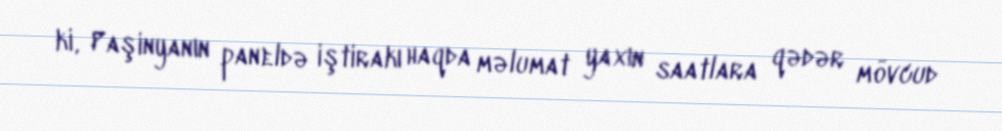
ki, Paşinyanın paneldə iştirakı haqda məlumat yaxın saatlara qədər mövcud